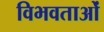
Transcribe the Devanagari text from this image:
विभवताओं